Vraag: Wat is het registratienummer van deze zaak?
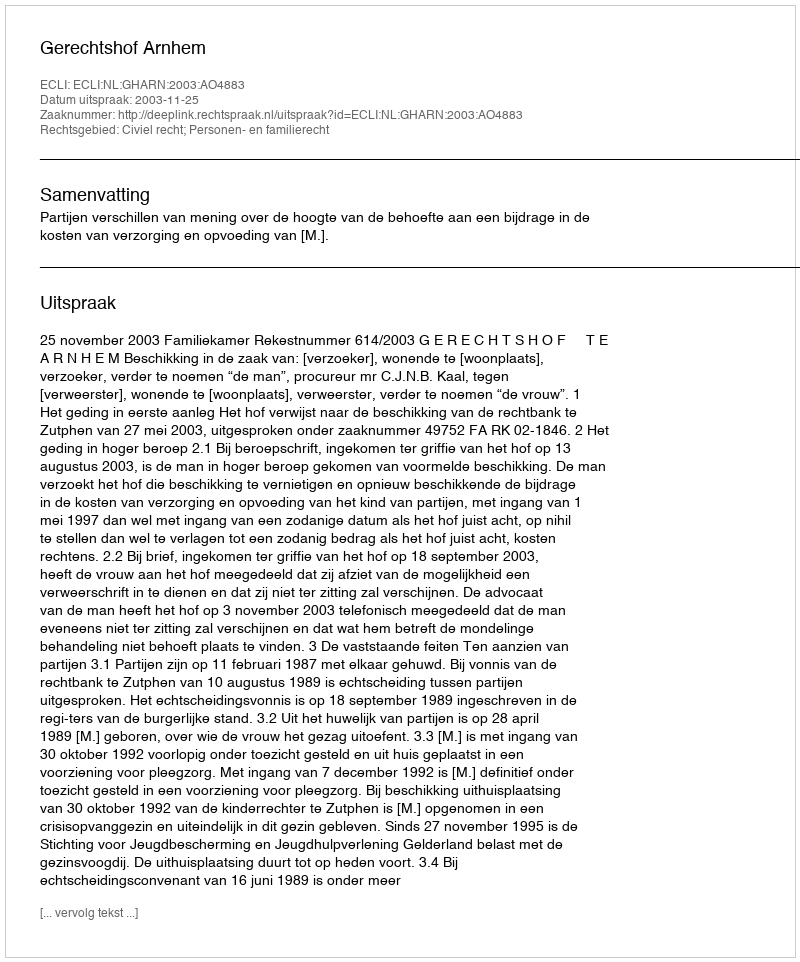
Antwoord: http://deeplink.rechtspraak.nl/uitspraak?id=ECLI:NL:GHARN:2003:AO4883